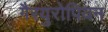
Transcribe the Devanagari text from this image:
गैरयुरोपियन